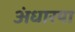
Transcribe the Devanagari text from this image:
अंधारया